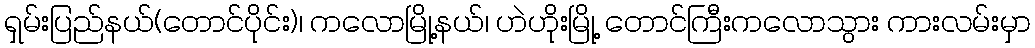
ရှမ်းပြည်နယ်(တောင်ပိုင်း)၊ ကလောမြို့နယ်၊ ဟဲဟိုးမြို့ တောင်ကြီးကလောသွား ကားလမ်းမှာ